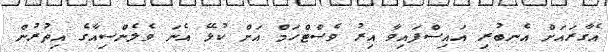
އެގާރައަށް އެނބުރި އައިސްފައިވާ އިރު ވެސްޓްހަމް އަށް ކުޅޭ އެނަ ވެލެންސިއާގެ އިތުރުން